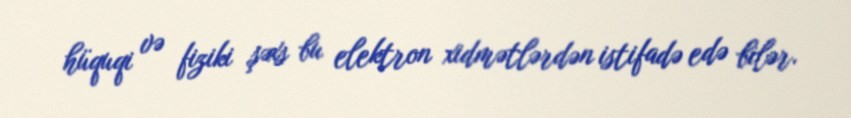
hüquqi və fiziki şəxs bu elektron xidmətlərdən istifadə edə bilər.